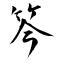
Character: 笒